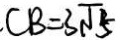
C B = 3 \sqrt { 5 }